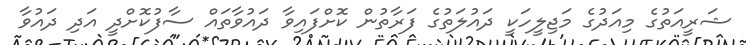
ޝަރީއަތުގެ މިއަދުގެ މަޖިލީހަކީ ދައުލަތުގެ ފަރާތުން ކޮށްފައިވާ ދައުވާތައް ސާފުކޮށްދީ އަދި ދައުވާ